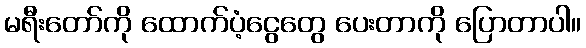
မရီးတော်ကို ထောက်ပံ့ငွေတွေ ပေးတာကို ပြောတာပါ။